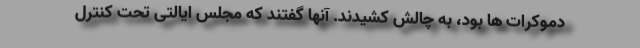
دموکرات ها بود، به چالش کشیدند. آنها گفتند که مجلس ایالتی تحت کنترل